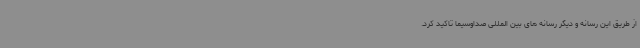
از طریق این رسانه و دیگر رسانه های بین المللی صداوسیما تاکید کرد.